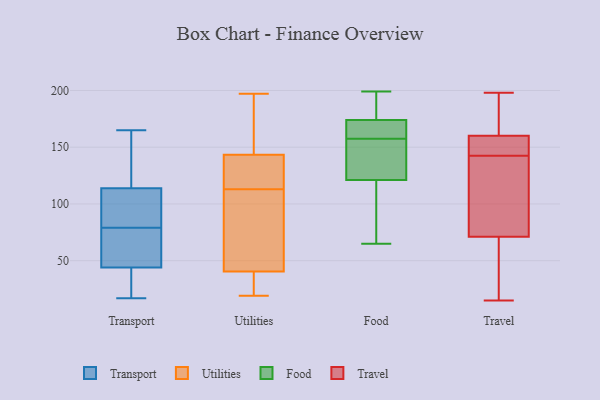
{"axis": {"x": "Active Users", "y": "Value"}, "legend": ["Food", "Transport", "Travel", "Utilities"], "data": [{"x": "", "y": 84, "type": "Transport"}, {"x": "", "y": 95, "type": "Transport"}, {"x": "", "y": 79, "type": "Transport"}, {"x": "", "y": 164, "type": "Transport"}, {"x": "", "y": 71, "type": "Transport"}, {"x": "", "y": 152, "type": "Transport"}, {"x": "", "y": 77, "type": "Transport"}, {"x": "", "y": 165, "type": "Transport"}, {"x": "", "y": 35, "type": "Transport"}, {"x": "", "y": 101, "type": "Transport"}, {"x": "", "y": 17, "type": "Transport"}, {"x": "", "y": 24, "type": "Transport"}, {"x": "", "y": 47, "type": "Transport"}, {"x": "", "y": 113, "type": "Utilities"}, {"x": "", "y": 178, "type": "Utilities"}, {"x": "", "y": 85, "type": "Utilities"}, {"x": "", "y": 153, "type": "Utilities"}, {"x": "", "y": 82, "type": "Utilities"}, {"x": "", "y": 121, "type": "Utilities"}, {"x": "", "y": 24, "type": "Utilities"}, {"x": "", "y": 36, "type": "Utilities"}, {"x": "", "y": 197, "type": "Utilities"}, {"x": "", "y": 140, "type": "Utilities"}, {"x": "", "y": 42, "type": "Utilities"}, {"x": "", "y": 92, "type": "Utilities"}, {"x": "", "y": 157, "type": "Utilities"}, {"x": "", "y": 129, "type": "Utilities"}, {"x": "", "y": 20, "type": "Utilities"}, {"x": "", "y": 19, "type": "Utilities"}, {"x": "", "y": 137, "type": "Utilities"}, {"x": "", "y": 132, "type": "Food"}, {"x": "", "y": 138, "type": "Food"}, {"x": "", "y": 177, "type": "Food"}, {"x": "", "y": 154, "type": "Food"}, {"x": "", "y": 199, "type": "Food"}, {"x": "", "y": 121, "type": "Food"}, {"x": "", "y": 65, "type": "Food"}, {"x": "", "y": 195, "type": "Food"}, {"x": "", "y": 75, "type": "Food"}, {"x": "", "y": 169, "type": "Food"}, {"x": "", "y": 176, "type": "Food"}, {"x": "", "y": 93, "type": "Food"}, {"x": "", "y": 152, "type": "Food"}, {"x": "", "y": 162, "type": "Food"}, {"x": "", "y": 113, "type": "Food"}, {"x": "", "y": 174, "type": "Food"}, {"x": "", "y": 164, "type": "Food"}, {"x": "", "y": 161, "type": "Food"}, {"x": "", "y": 198, "type": "Travel"}, {"x": "", "y": 100, "type": "Travel"}, {"x": "", "y": 71, "type": "Travel"}, {"x": "", "y": 26, "type": "Travel"}, {"x": "", "y": 155, "type": "Travel"}, {"x": "", "y": 15, "type": "Travel"}, {"x": "", "y": 192, "type": "Travel"}, {"x": "", "y": 137, "type": "Travel"}, {"x": "", "y": 127, "type": "Travel"}, {"x": "", "y": 148, "type": "Travel"}, {"x": "", "y": 160, "type": "Travel"}, {"x": "", "y": 160, "type": "Travel"}, {"x": "", "y": 19, "type": "Travel"}, {"x": "", "y": 162, "type": "Travel"}]}